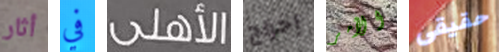
أثار في الأهلى إخراج الأمر حقيقى